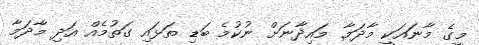
މީގެ މާނައަކީ މާދަމާ